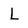
Character: L